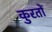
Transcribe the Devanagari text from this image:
कुरतों